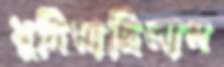
খুদিয়াছিলাম